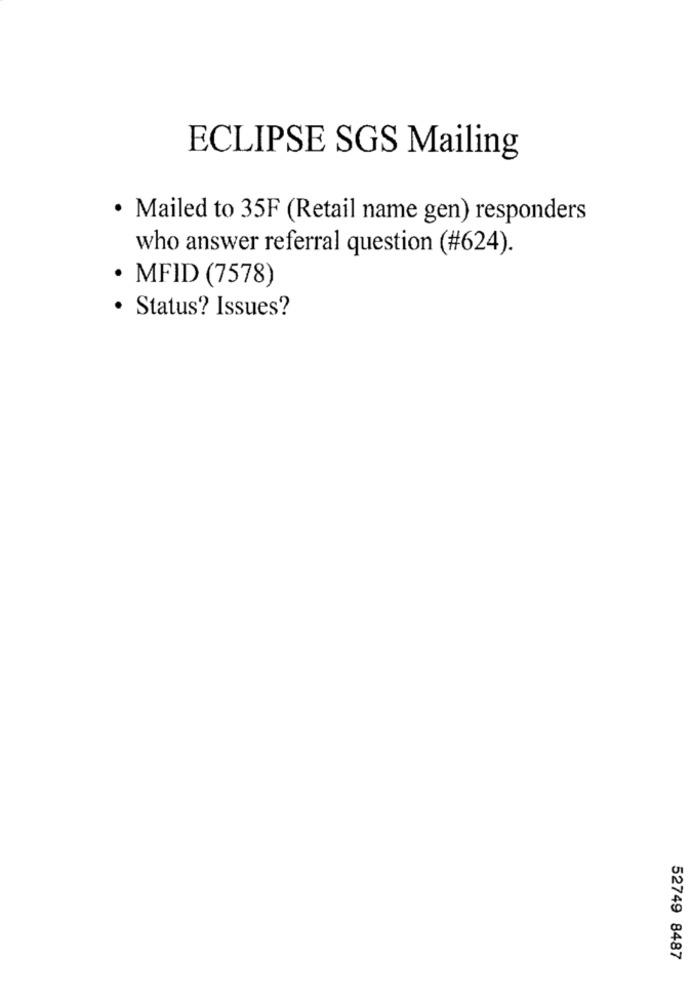
ECLIPSE SGS Mailing
· Mailed to 35F (Retail name gen) responders
who answer referral question (#624).
MFID (7578)
· Status? Issues?
52749 8487